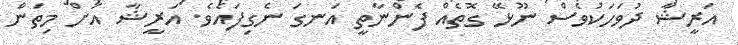
އަރީޝާ ދުވަހަކުވެސް ނޫޅޭ ގޮތެއް ފެންނާތީ އަނގަ ނެގިފައެވެ. އަރީޝާ އަށް މިތަން